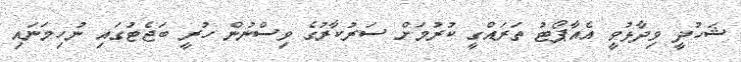
ޝަހުދީ ވިދާޅުވީ އެއާޕޯޓު ތަރައްގީ ކުރުމަށް ސަރުކާރުގެ ވިސްނުން ހުރީ ބަޖެޓުގައި ނުހިމަނައި